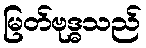
မြတ်ဗုဒ္ဓသည်